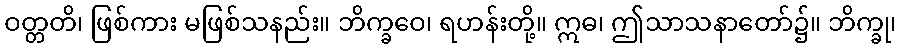
ဝတ္တတိ၊ ဖြစ်ကား မဖြစ်သနည်း။ ဘိက္ခဝေ၊ ရဟန်းတို့။ ဣဓ၊ ဤသာသနာတော်၌။ ဘိက္ခု၊